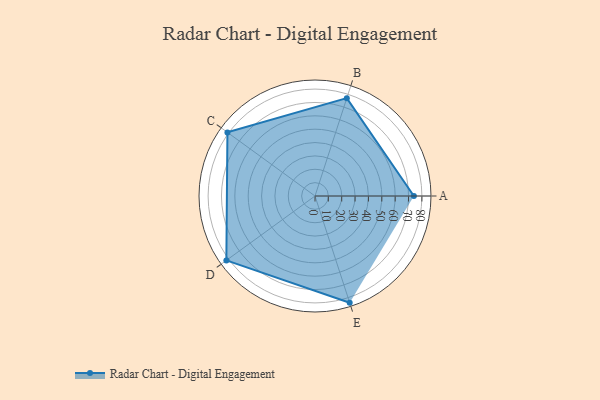
{"axis": {"x": "Skill", "y": "Score"}, "legend": ["Profile"], "data": [{"x": "A", "y": 74.0, "type": "Profile"}, {"x": "B", "y": 77.0, "type": "Profile"}, {"x": "C", "y": 81.0, "type": "Profile"}, {"x": "D", "y": 82.0, "type": "Profile"}, {"x": "E", "y": 84.0, "type": "Profile"}]}